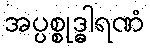
အပ္ပစ္စုဒ္ဓါရဏံ